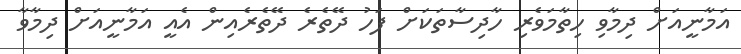
އަމާނީއަށް ދިމާވި ހިތާމަވެރި ހާދިސާތަކަށް ފަހު ދޭތެރެ ދޭތެރެއިން އެއީ އަމާނީއަށް ދިމާވާ